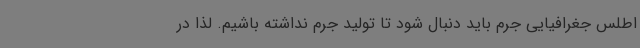
اطلس جغرافیایی جرم باید دنبال شود تا تولید جرم نداشته باشیم. لذا در